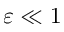
\varepsilon \ll 1